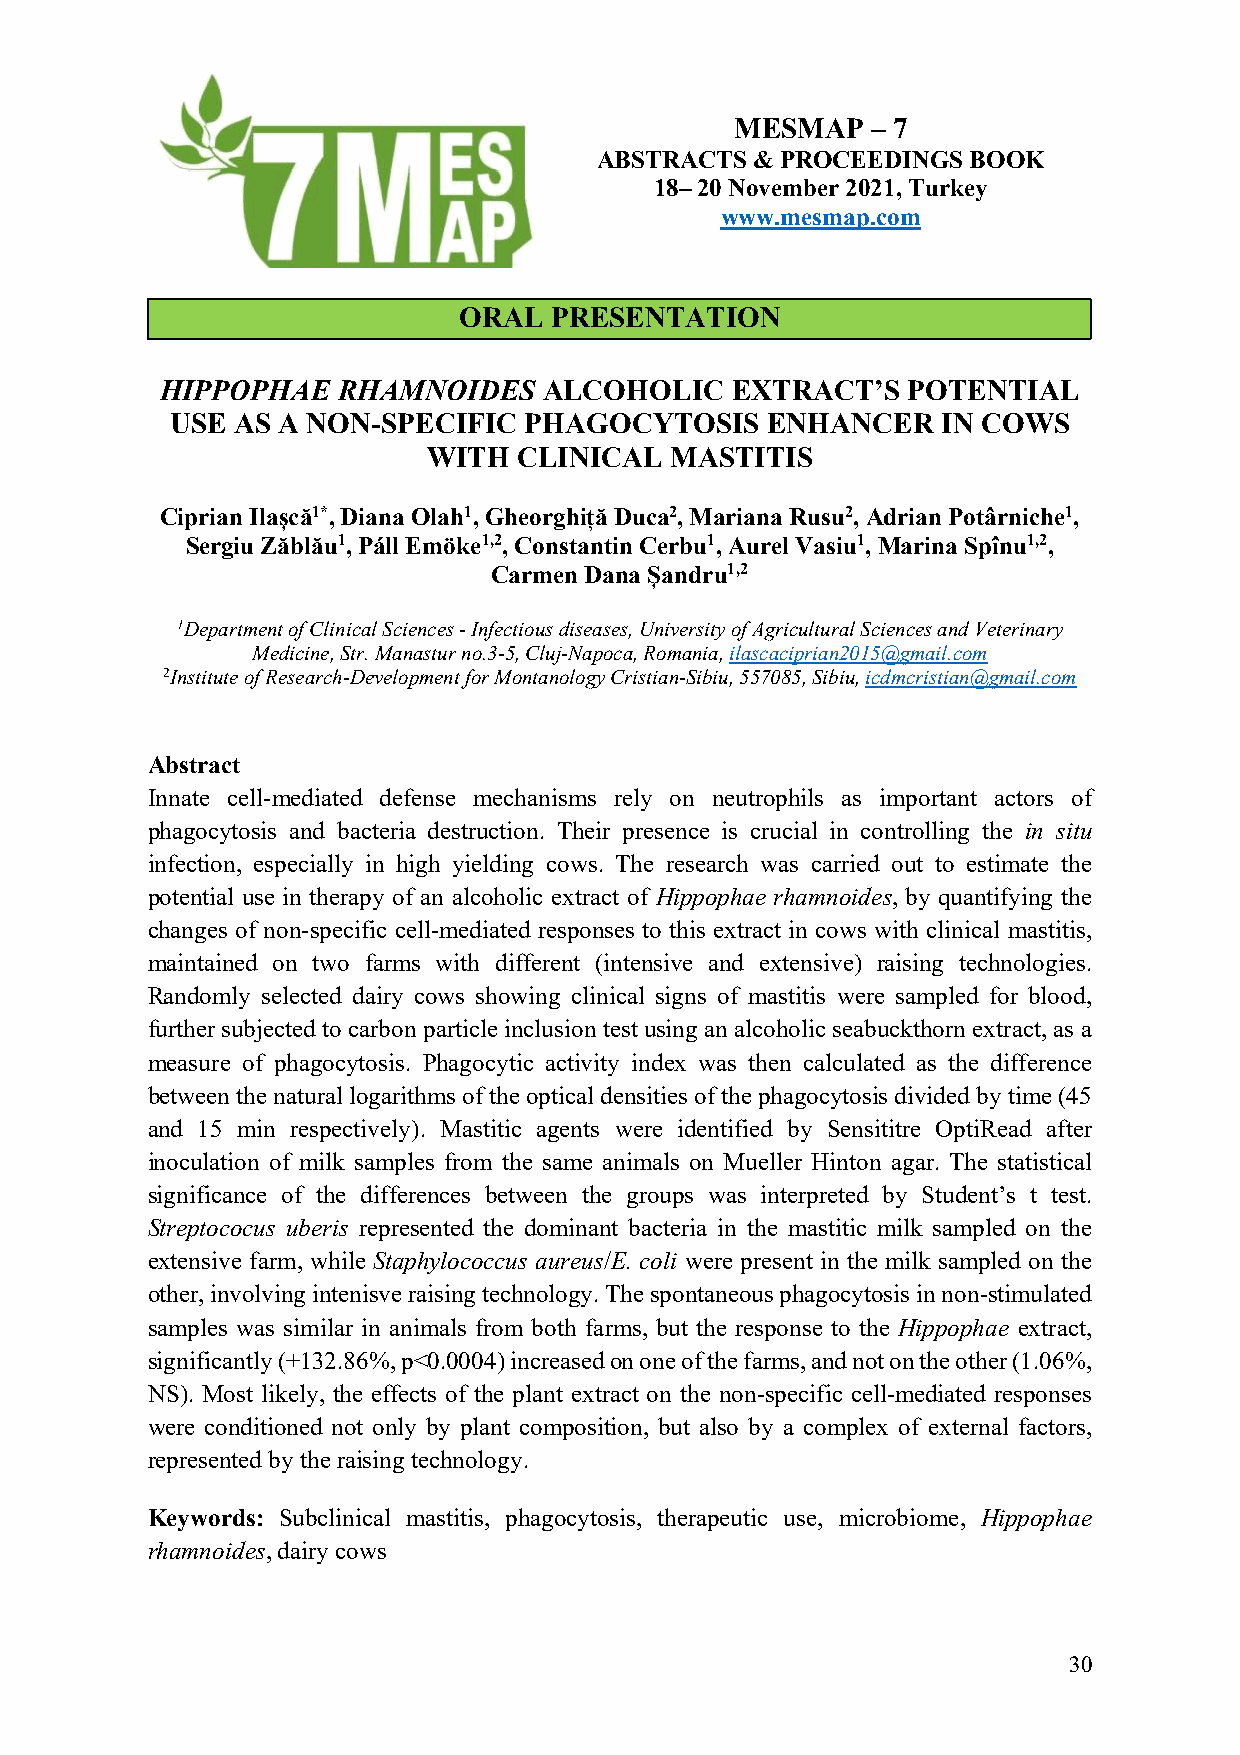
MESMAP   – 7
 ABSTRACTS  & PROCEEDINGS BOOK
 18– 20 November 2021, Turkey
 www.mesmap.com
 ORAL  PRESENTATION
 HIPPOPHAE  RHAMNOIDES    ALCOHOLIC   EXTRACT’S   POTENTIAL
 USE AS A NON-SPECIFIC   PHAGOCYTOSIS    ENHANCER   IN COWS
 WITH  CLINICAL  MASTITIS
 Ciprian Ilașcă1*, Diana Olah1, Gheorghiță Duca2, Mariana Rusu2, Adrian Potârniche1,
 Sergiu Zăblău1, Páll Emöke1,2, Constantin Cerbu1, Aurel Vasiu1, Marina Spînu1,2,
 Carmen Dana Șandru1,2
 1Department of Clinical Sciences - Infectious diseases, University of Agricultural Sciences and Veterinary
 Medicine, Str. Manastur no.3-5, Cluj-Napoca, Romania, ilascaciprian2015@gmail.com
 2Institute of Research-Development for Montanology Cristian-Sibiu, 557085, Sibiu, icdmcristian@gmail.com
 Abstract
 Innate cell-mediated defense mechanisms rely on neutrophils as important actors of
 phagocytosis and bacteria destruction. Their presence is crucial in controlling the in situ
 infection, especially in high yielding cows. The research was carried out to estimate the
 potential use in therapy of an alcoholic extract of Hippophae rhamnoides, by quantifying the
 changes of non-specific cell-mediated responses to this extract in cows with clinical mastitis,
 maintained on two farms with different (intensive and extensive) raising technologies.
 Randomly selected dairy cows showing clinical signs of mastitis were sampled for blood,
 further subjected to carbon particle inclusion test using an alcoholic seabuckthorn extract, as a
 measure of phagocytosis. Phagocytic activity index was then calculated as the difference
 between the natural logarithms of the optical densities of the phagocytosis divided by time (45
 and 15 min respectively). Mastitic agents were identified by Sensititre OptiRead after
 inoculation of milk samples from the same animals on Mueller Hinton agar. The statistical
 significance of the differences between the groups was interpreted by Student’s t test.
 Streptococus uberis represented the dominant bacteria in the mastitic milk sampled on the
 extensive farm, while Staphylococcus aureus/E. coli were present in the milk sampled on the
 other, involving intenisve raising technology. The spontaneous phagocytosis in non-stimulated
 samples was similar in animals from both farms, but the response to the Hippophae extract,
 significantly (+132.86%, p<0.0004) increased on one of the farms, and not on the other (1.06%,
 NS). Most likely, the effects of the plant extract on the non-specific cell-mediated responses
 were conditioned not only by plant composition, but also by a complex of external factors,
 represented by the raising technology.
 Keywords: Subclinical mastitis, phagocytosis, therapeutic use, microbiome, Hippophae
 rhamnoides, dairy cows
 30